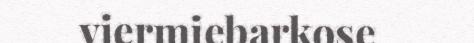
viermiebarkose